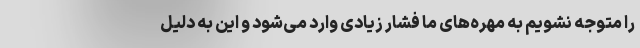
را متوجه نشویم به مهره‌های ما فشار زیادی وارد می‌شود و این به دلیل